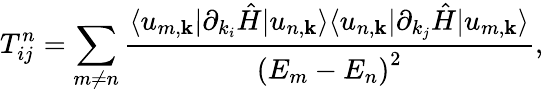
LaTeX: T_{ij}^{n}=\sum_{m\neq n}\frac{\langle u_{m,\mathbf{k}}|\partial_{k_{i}}\hat{H}|u_{n,\mathbf{k}}\rangle\langle u_{n,\mathbf{k}}|\partial_{k_{j}}\hat{H}|u_{m,\mathbf{k}}\rangle}{{(E_{m}-E_{n})}^{2}},